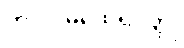
ကာလမထေရ်ဝတ္ထု